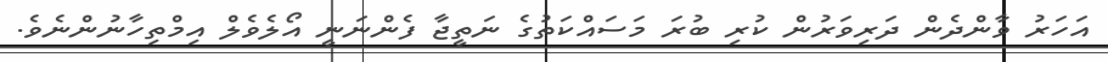
އަހަރު ވާންދެން ދަރިވަރުން ކުރި ބުރަ މަސައްކަތުގެ ނަތީޖާ ފެންނަނީ އޯލެވެލް އިމްތިހާނުންނެވެ.